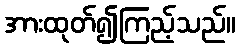
အားထုတ်၍ကြည့်သည်။